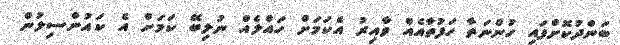
ބަންދުކޮށްފައި ހުންނަތާ ހަފުތާއެއް ވާއިރު އެކަމަށް ހައްލެއް ނުލިބޭ ކަމަށް އެ ކައުންސިލުން